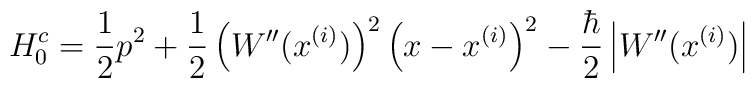
H_0^c=\frac{1}{2}p^2+\frac{1}{2}\left(W''(x^{(i)})\right)^2\left(x-x^{(i)}\right)^2-\frac{\hbar}{2}\left|W''(x^{(i)})\right|